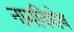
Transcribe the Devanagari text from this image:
नामविशेष